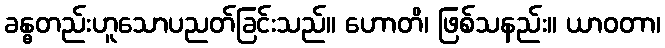
ခန္ဓတည်းဟူသောပညတ်ခြင်းသည်။ ဟောတိ၊ ဖြစ်သနည်း။ ယာဝတာ၊